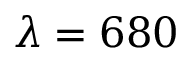
\lambda = 6 8 0